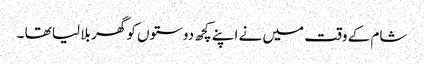
شام کے وقت میں نے اپنے کچھ دوستوں کو گھر بلا لیا تھا ۔